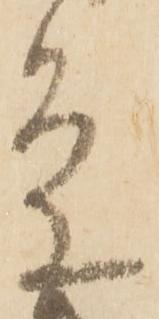
条